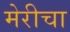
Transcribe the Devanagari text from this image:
मेरीचा